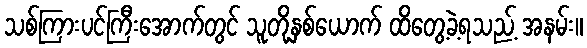
သစ်ကြားပင်ကြီးအောက်တွင် သူတို့နှစ်ယောက် ထိတွေ့ခဲ့ရသည့် အနမ်း။